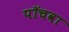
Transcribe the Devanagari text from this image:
पॉचवा